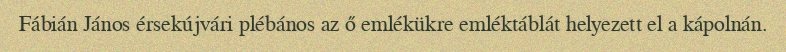
Fábián János érsekújvári plébános az ő emlékükre emléktáblát helyezett el a kápolnán.